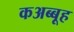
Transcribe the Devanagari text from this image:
कअब्बूह